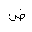
Letter: _dad